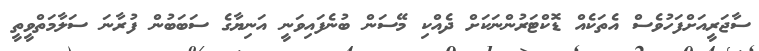
ސާޖަރީއަށްފަހުވެސް އެތަކެއް ޑޮކްޓަރުންނަކަށް ދެއްކި މޭސަން ބުނެފައިވަނީ އަނިޔާގެ ސަބަބުން ފުރާނަ ސަލާމަތްވީތީ